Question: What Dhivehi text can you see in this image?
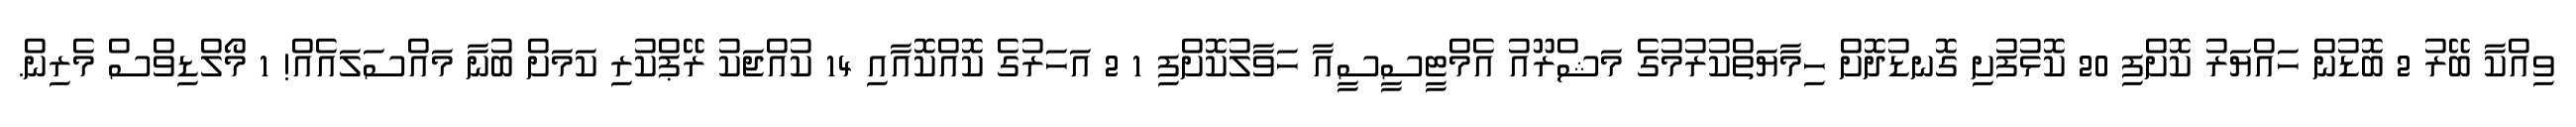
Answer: ވިއްކާ ބޭރު 2 ބޮޑުން ހައްޔަރު ކޮށްފި 20 ކޮޅުފުށި ގޮނޑުދޮށް ހިމާޔަތްކުރުމުގެ މަޝްރޫއު އެމްޓީސީސީއާ ހަވާލުކޮށްފި 1 2 އަހަރުގެ ކޮއްކޮއާއި 14 ކުއްޖަކު ރޭޕްކުރި ކަމަށް ބުނާ މައްސަލައެއް! 1 މޯލްޑިވްސް މެރިން.